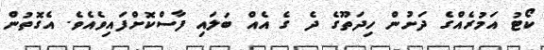
ކޯޓު އަމުރެއްގެ ދަށުން ހިދަތޫގެ ދެ ގެ އެއް ބަލައި ފާސްކޮށްފައިވެއެވެ. އެގޮތުން